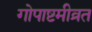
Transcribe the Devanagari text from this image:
गोपाष्टमीव्रत